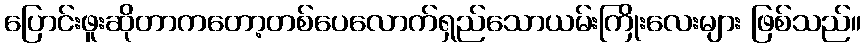
ပြောင်းဖူးဆိုတာကတော့တစ်ပေလောက်ရှည်သောယမ်းကြိုးလေးများ ဖြစ်သည်။